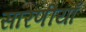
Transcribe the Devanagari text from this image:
सारणीयाँ